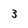
Character: 3